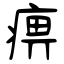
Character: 痹